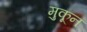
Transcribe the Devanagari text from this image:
मुकून